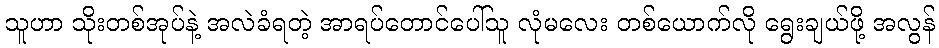
သူဟာ သိုးတစ်အုပ်နဲ့ အလဲခံရတဲ့ အာရပ်တောင်ပေါ်သူ လုံမလေး တစ်ယောက်လို ရွေးချယ်ဖို့ အလွန်